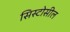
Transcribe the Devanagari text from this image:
सिस्टोसील